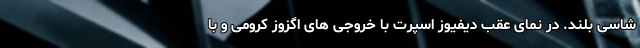
شاسی بلند. در نمای عقب دیفیوز اسپرت با خروجی های اگزوز کرومی و با